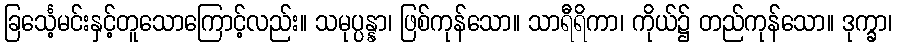
ခြင်္သေ့မင်းနှင့်တူသောကြောင့်လည်း။ သမုပ္ပန္နာ၊ ဖြစ်ကုန်သော။ သာရီရိကာ၊ ကိုယ်၌ တည်ကုန်သော။ ဒုက္ခာ၊